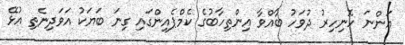
އަންނަ ހޮނިހިރު ދުވަހު ބާއްވާ އިންތިހާބުގެ ކެމްޕެއިންގައި ގިނަ ބަޔަކު އަވަދިނެތި އުޅޭ